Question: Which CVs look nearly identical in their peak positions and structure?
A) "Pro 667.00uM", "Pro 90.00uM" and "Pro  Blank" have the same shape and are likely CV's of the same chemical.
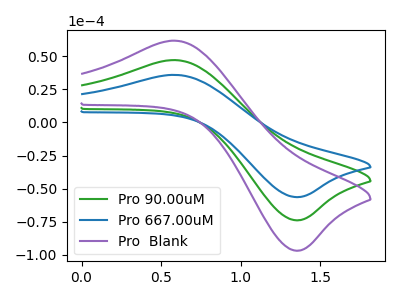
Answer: <think>The green curve "Pro 90.00uM" has an anodic peak at (0.60V, 47.20uA) and a cathodic peak at (1.35V, -73.90uA). The blue curve "Pro 667.00uM" has an anodic peak at (0.60V, 36.00uA) and a cathodic peak at (1.35V, -56.35uA). The purple curve "Pro  Blank" has an anodic peak at (0.60V, 94.40uA) and a cathodic peak at (1.35V, -147.80uA).
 All the peaks in "Pro 90.00uM" have a peak in "Pro 667.00uM" at the same potential. Every peak in "Pro 90.00uM" is higher than every peak in "Pro 667.00uM". All the peaks in "Pro 90.00uM" have a peak in "Pro  Blank" at the same potential. Every peak in "Pro 90.00uM" is lower than every peak in "Pro  Blank". All the peaks in "Pro 667.00uM" have a peak in "Pro  Blank" at the same potential. Every peak in "Pro 667.00uM" is lower than every peak in "Pro  Blank".</think>
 <answer>A) "Pro 667.00uM", "Pro 90.00uM" and "Pro  Blank" have the same shape and are likely CV's of the same chemical.</answer>
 <eval>A</eval>